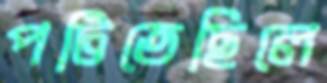
পটিতেছিলে